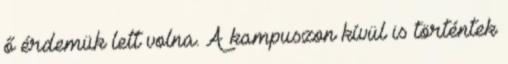
ő érdemük lett volna. A kampuszon kívül is történtek